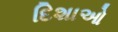
દિશાઓ